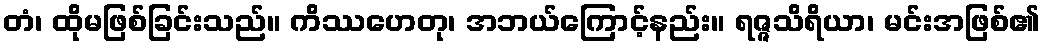
တံ၊ ထိုမဖြစ်ခြင်းသည်။ ကိဿဟေတု၊ အဘယ်ကြောင့်နည်း။ ရဇ္ဇသိရိယာ၊ မင်းအဖြစ်၏